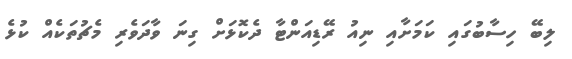
ލިބޭ ހިސާބުގައި ކަމަށާއި ނިއު ރޭޑިއަންޓާ ދެކޮޅަށް ގިނަ ވާދަވެރި މެޗުތަކެއް ކުޅެ